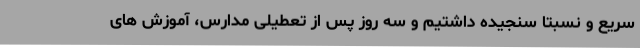
سریع و نسبتا سنجیده داشتیم و سه روز پس از تعطیلی مدارس، آموزش های